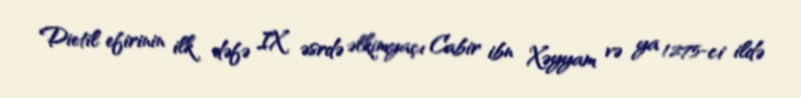
Dietil efirinin ilk dəfə IX əsrdə əlkimyaçı Cabir ibn Xəyyam və ya 1275-ci ildə